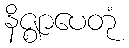
နိဇ္ဈာပေတုံ